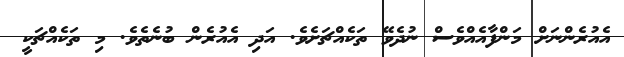
އެއުރެންނަށް މަންފާއެއްވެސް ނުދެވޭ ތަކެއްޗަށެވެ. އަދި އެއުރެން ބުނެތެވެ. މި ތަކެއްޗަކީ